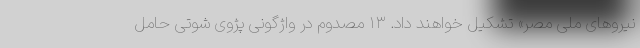
نیروهای ملی مصر» تشکیل خواهند داد. ۱۳ مصدوم در واژگونی پژوی شوتی حامل